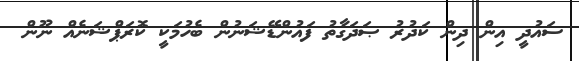
ސައުދީ އިން ދިން ކަދުރު ޞަދަގާތު ފައުންޑޭޝަނުން ބެހުމަކީ ކޮރަޕްޝަނެއް ނޫން